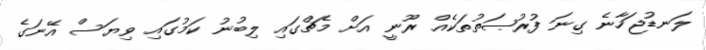
ލަނޑުޖަހާނެ ގިނަ ފުރުޞަތުތަކެއް ރޫނީ އަށް މެޗްގައި ލިބުނު ކަމުގައި ވިޔަސް އޭނަގެ